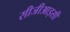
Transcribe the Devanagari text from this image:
सीजीआइसी